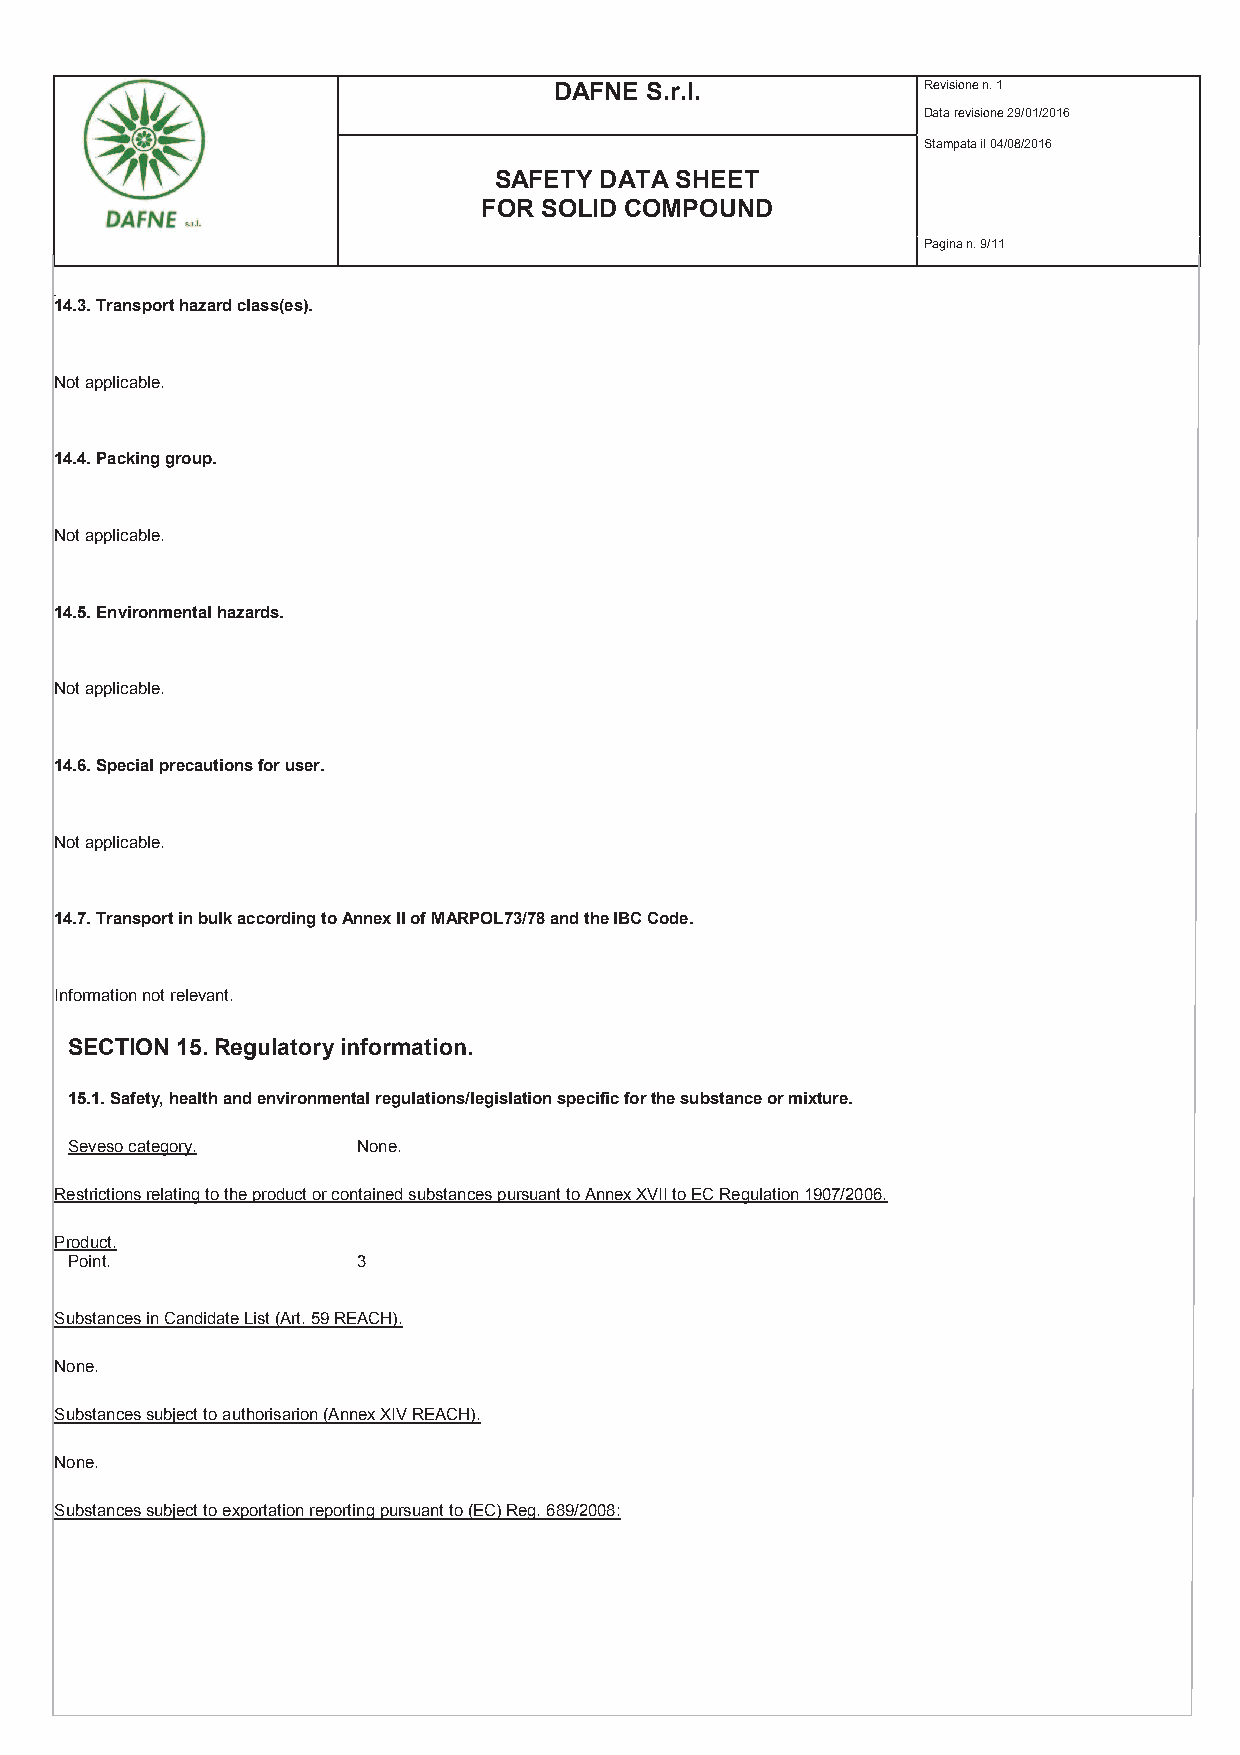
DAFNE S.r.l.            Revisione n. 1
 Data revisione 29/01/2016
 Stampata il 04/08/2016
 SAFETY DATA SHEET
 FOR SOLID COMPOUND
 Pagina n. 9/11
 14.3. Transport hazard class(es).
 Not applicable.
 14.4. Packing group.
 Not applicable.
 14.5. Environmental hazards.
 Not applicable.
 14.6. Special precautions for user.
 Not applicable.
 14.7. Transport in bulk according to Annex II of MARPOL73/78 and the IBC Code.
 Information not relevant.
 SECTION 15. Regulatory information.
 15.1. Safety, health and environmental regulations/legislation specific for the substance or mixture.
 Seveso category.   None.
 Restrictions relating to the product or contained substances pursuant to Annex XVII to EC Regulation 1907/2006.
 Product.
 Point.             3
 Substances in Candidate List (Art. 59 REACH).
 None.
 Substances subject to authorisarion (Annex XIV REACH).
 None.
 Substances subject to exportation reporting pursuant to (EC) Reg. 689/2008: